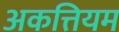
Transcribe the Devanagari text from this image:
अकत्तियम